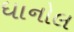
ધાનોલ